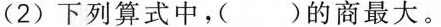
(2) 下列算式中，()的商最大。